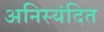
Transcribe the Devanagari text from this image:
अनिस्यंदित